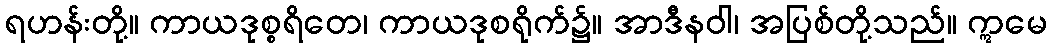
ရဟန်းတို့။ ကာယဒုစ္စရိတေ၊ ကာယဒုစရိုက်၌။ အာဒီနဝါ၊ အပြစ်တို့သည်။ ဣမေ